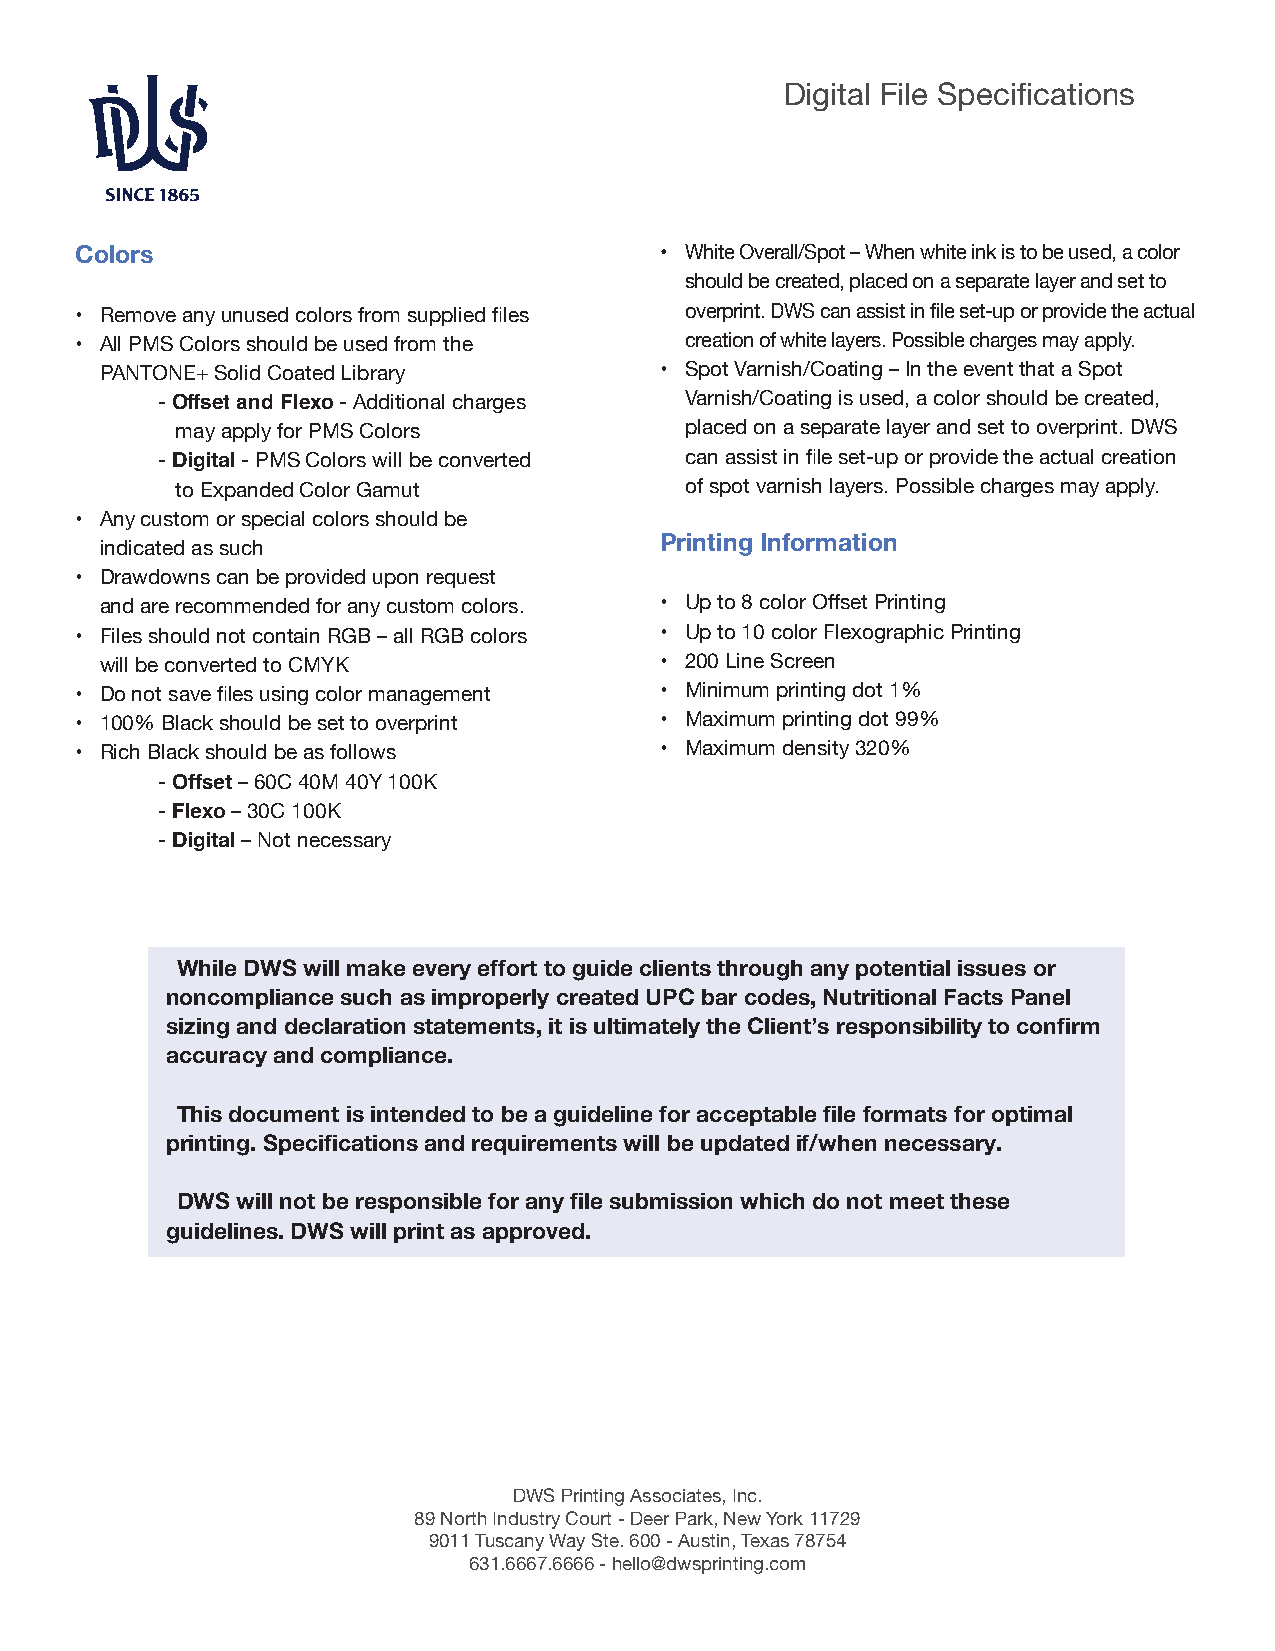
DDiiggiittaall FFiillee SSppeecciifificcaattiioonnss
 Colors                                 • White Overall/Spot – When white ink is to be used, a color
 should be created, placed on a separate layer and set to
 • Remove any unused colors from supplied files overprint. DWS can assist in file set-up or provide the actual
 • All PMS Colors should be used from the creation of white layers. Possible charges may apply.
 PANTONE+ Solid Coated Library        • Spot Varnish/Coating – In the event that a Spot
 - Offset and Flexo - Additional charges Varnish/Coating is used, a color should be created,
 may apply for PMS Colors         placed on a separate layer and set to overprint. DWS
 - Digital - PMS Colors will be converted can assist in file set-up or provide the actual creation
 to Expanded Color Gamut          of spot varnish layers. Possible charges may apply.
 • Any custom or special colors should be
 Printing Information
 indicated as such
 • Drawdowns can be provided upon request
 and are recommended for any custom colors. • Up to 8 color Offset Printing
 • Files should not contain RGB – all RGB colors • Up to 10 color Flexographic Printing
 will be converted to CMYK            • 200 Line Screen
 • Do not save files using color management • Minimum printing dot 1%
 • 100% Black should be set to overprint • Maximum printing dot 99%
 • Rich Black should be as follows      • Maximum density 320%
 - Offset – 60C 40M 40Y 100K
 - Flexo – 30C 100K
 - Digital – Not necessary
 While DWS will make every effort to guide clients through any potential issues or
 noncompliance such as improperly created UPC bar codes, Nutritional Facts Panel
 sizing and declaration statements, it is ultimately the Client’s responsibility to confirm
 accuracy and compliance.
 This document is intended to be a guideline for acceptable file formats for optimal
 printing. Specifications and requirements will be updated if/when necessary.
 DWS will not be responsible for any file submission which do not meet these
 guidelines. DWS will print as approved.
 DWS Printing Associates, Inc.
 89 North Industry Court - Deer Park, New York 11729
 9011 Tuscany Way Ste. 600 - Austin, Texas 78754
 631.6667.6666 - hello@dwsprinting.com